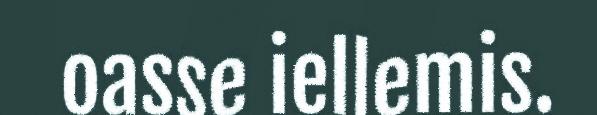
oasse iellemis.